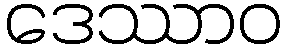
ဒေဿာဝ